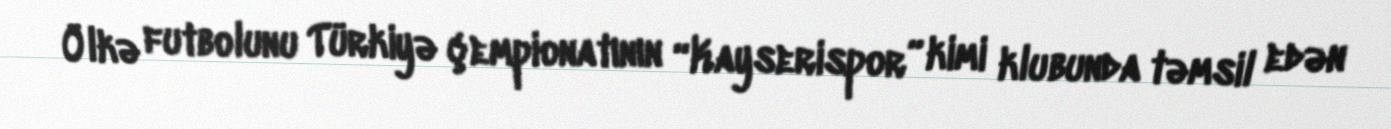
Ölkə futbolunu Türkiyə çempionatının “Kayserispor” kimi klubunda təmsil edən